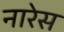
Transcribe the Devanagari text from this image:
नारेस